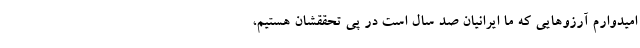
امیدوارم آرزوهایی که ما ایرانیان صد سال است در پی تحققشان هستیم،